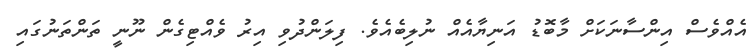
އެއްވެސް އިންސާނަކަށް މާބޮޑު އަނިޔާއެއް ނުލިބެއެވެ. ފިލަންދުވި އިރު ވެއްޓިގެން ނޫނީ ތަންތަނުގައި